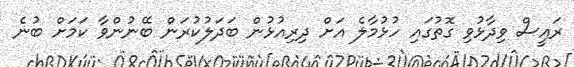
ރައީސް ވިދާޅުވި ގޮތުގައި ހުޅުމާލެ އަށް ދިރިއުޅުން ބަދަލުކުރަން ބޭނުންވާ ކަމަށް ބުނެ